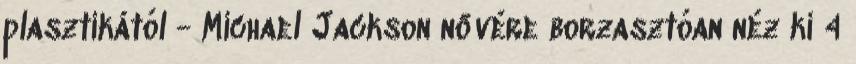
plasztikától - Michael Jackson nővére borzasztóan néz ki 4